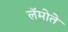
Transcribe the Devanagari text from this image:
लॅमोते